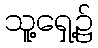
သူ့ရှေ့၌